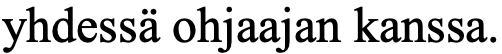
yhdessä ohjaajan kanssa.